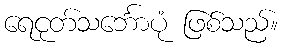
ရေငုတ်သင်္ဘောပုံ ဖြစ်သည်။